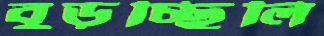
বুড়চ্ছিলি